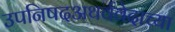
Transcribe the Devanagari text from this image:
उपनिषदअथर्ववेदाच्या